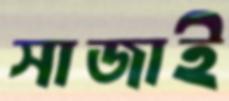
সাজাই